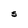
Character: S